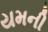
યમની